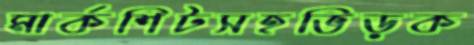
মার্কশিটসহভিড়ক